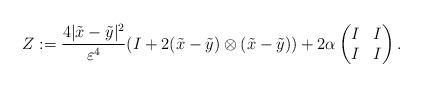
LaTeX: \begin{align*}Z:=\frac{4|\tilde{x}-\tilde{y}|^2}{\varepsilon^4}(I+2(\tilde{x}-\tilde{y})\otimes (\tilde{x}-\tilde{y}))+2\alpha \begin{pmatrix}I & I\\I & I\end{pmatrix}. \end{align*}